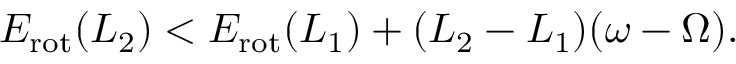
\begin{array} { r } { E _ { \mathrm { r o t } } ( L _ { 2 } ) < E _ { \mathrm { r o t } } ( L _ { 1 } ) + ( L _ { 2 } - L _ { 1 } ) ( \omega - \Omega ) . } \end{array}